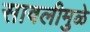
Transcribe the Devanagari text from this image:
सावलीमुळे